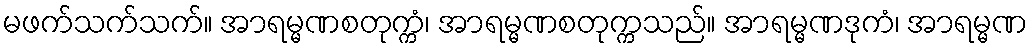
မဖက်သက်သက်။ အာရမ္မဏစတုက္ကံ၊ အာရမ္မဏစတုက္ကသည်။ အာရမ္မဏဒုကံ၊ အာရမ္မဏ